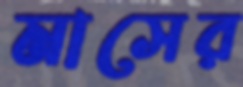
মাসের